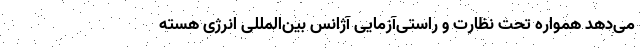
می‌دهد همواره تحت نظارت و راستی‌آزمایی آژانس بین‌المللی انرژی هسته